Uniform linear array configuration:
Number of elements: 16
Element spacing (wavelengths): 1
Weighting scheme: cosine
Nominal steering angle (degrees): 60
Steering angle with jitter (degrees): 60.617
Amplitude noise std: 0.05
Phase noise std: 0.05

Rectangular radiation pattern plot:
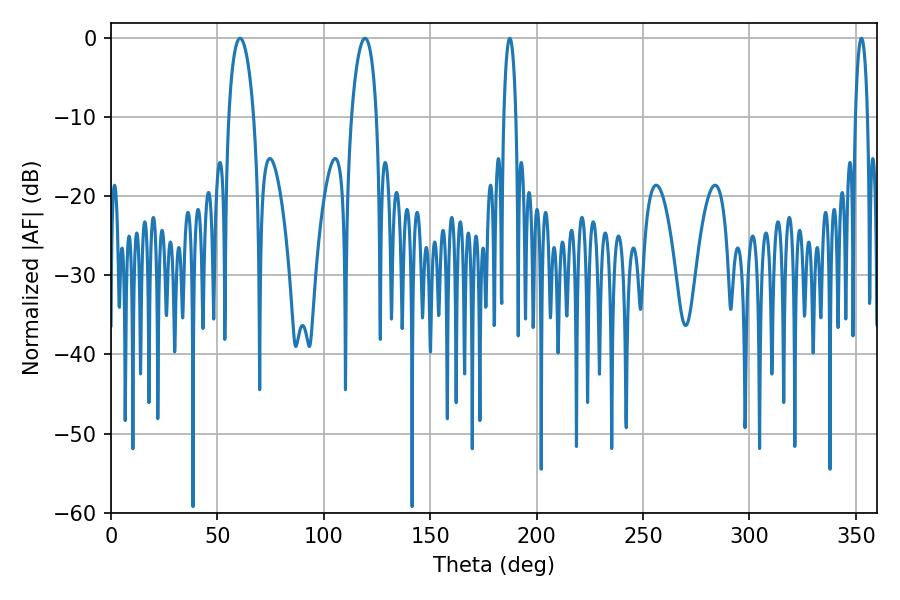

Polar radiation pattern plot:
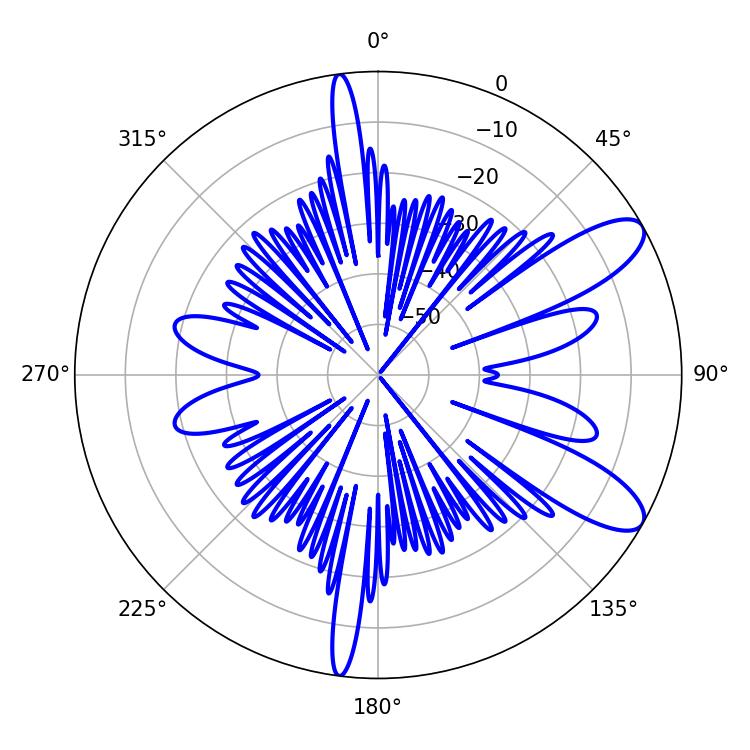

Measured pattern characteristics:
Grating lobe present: TRUE
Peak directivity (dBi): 9.929
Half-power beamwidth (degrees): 3.24
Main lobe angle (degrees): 352.62